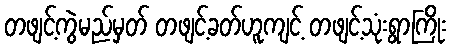
တဖျင့်ကွဲမည်မှတ် တဖျင့်ခတ်ဟူကျင့် တဖျင့်သုံးရွာကြိုး